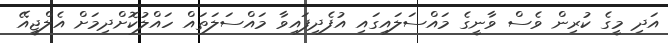
އަދި މީގެ ކުރިން ވެސް ވާނީގެ މައްސަލައިގައި އުފެދިފައިވާ މައްސަލަތައް ހައްލުކޮށްދިމަށް އެލްޖީއޭ